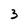
Character: 3